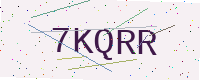
Text: 7KQRR